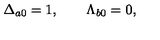
\Delta _ { a 0 } = 1 , \qquad \Lambda _ { b 0 } = 0 ,